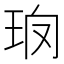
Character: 𤤱